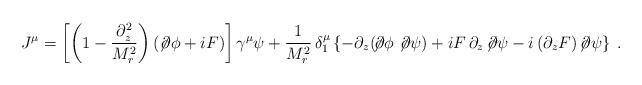
LaTeX: \begin{align*}J^\mu=\left[\left(1 - \frac{\partial_{z}^2}{M_r^2}\right)\left(\not\!\partial \phi+iF\right)\right] \gamma^\mu \psi +\frac{1}{M_r^2}\,\delta^\mu_1\left\{-\partial_z (\!\not\!\partial\phi \not\!\partial\psi) +iF\, \partial_z\!\not\!\partial\psi -i \,(\partial_z F)\!\not\!\partial\psi\right\}\;.\end{align*}